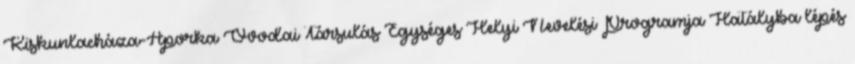
Kiskunlacháza-Áporka Óvodai Társulás Egységes Helyi Nevelési Programja Hatályba lépés